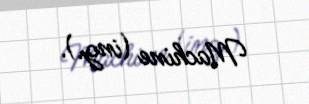
Machine (ing.).